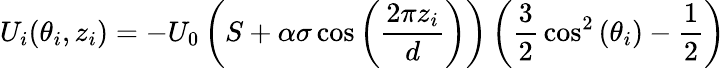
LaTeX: U_{i}(\theta_{i},z_{i})=-U_{0}\left(S+\alpha\sigma\cos\left({\frac{2\pi z_{i}}{d}}\right)\right)\left({\frac{3}{2}}\cos^{2}\left(\theta_{i}\right)-{\frac{1}{2}}\right)